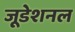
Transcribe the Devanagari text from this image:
जूडेशनल